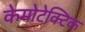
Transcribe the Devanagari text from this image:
केमोटेक्टिक